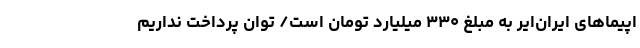
اپیماهای ایران‌ایر به مبلغ ۳۳۰ میلیارد تومان است/ توان پرداخت نداریم